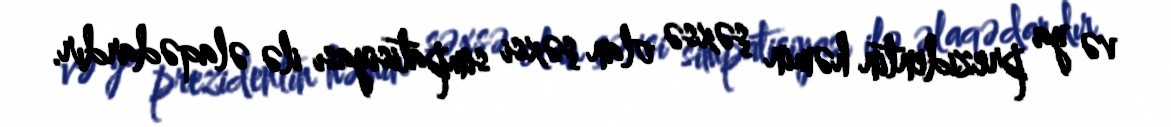
və ya prezidentin həmin şəxsə olan şəxsi simpatisiyası ilə əlaqədardır.